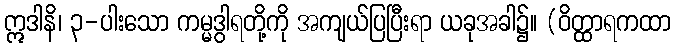
ဣဒါနိ၊ ၃-ပါးသော ကမ္မဒွါရတို့ကို အကျယ်ပြပြီးရာ ယခုအခါ၌။ (ဝိတ္ထာရကထာ